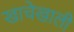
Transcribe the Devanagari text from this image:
खाचेखाली